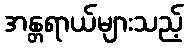
အန္တရာယ်များသည့်